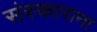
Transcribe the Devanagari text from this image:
संस्काराना